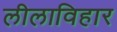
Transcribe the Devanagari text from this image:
लीलाविहार